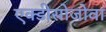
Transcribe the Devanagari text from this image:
एक्डीसोजोवा